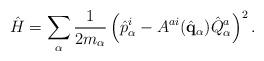
LaTeX: \begin{align*}\hat H = \sum_\alpha {1\over 2 m_\alpha}\left(\hat p^i_\alpha-A^{ai}(\hat{\bf q}_\alpha)\hat Q^a_\alpha\right)^2.\end{align*}